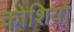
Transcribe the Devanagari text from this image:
कोशियो